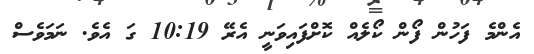
އެންމެ ފަހުން ފޯން ކޯލެއް ކޮށްފައިވަނީ އެރޭ 10:19 ގަ އެވެ. ނަމަވެސް